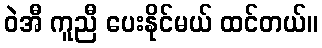
ဝဲအီ ကူညီ ပေးနိုင်မယ် ထင်တယ်။